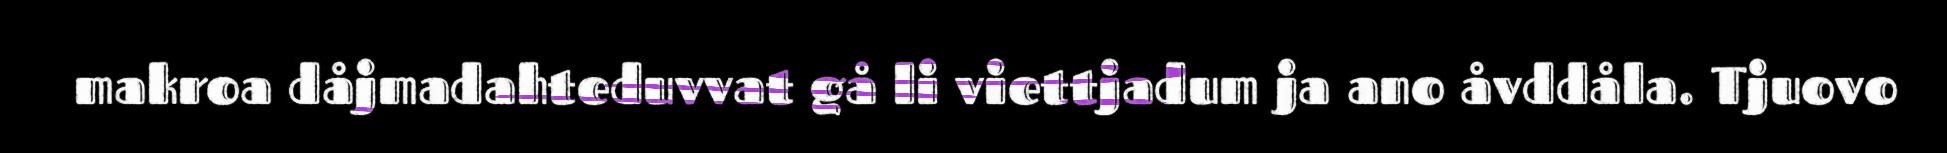
makroa dåjmadahteduvvat gå li viettjadum ja ano åvddåla. Tjuovo